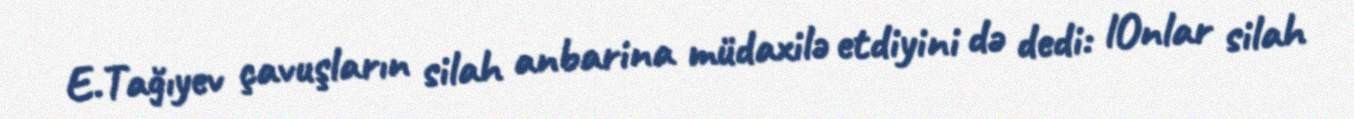
E.Tağıyev çavuşların silah anbarina müdaxilə etdiyini də dedi: lOnlar silah